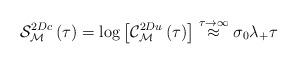
LaTeX: \begin{align*}\mathcal{S}_{\mathcal{M}}^{2Dc}\left( \tau\right)=\log\left[ \mathcal{C}_{\mathcal{M}}^{2Du}\left(\tau\right) \right] \overset{\tau\rightarrow\infty}{\approx}\sigma_{0}\lambda_{+}\tau\end{align*}